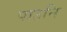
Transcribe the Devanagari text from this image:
पाउनि